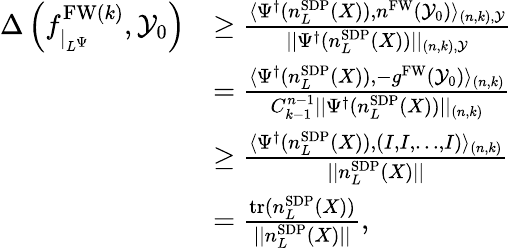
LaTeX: \begin{array}{rl}{\Delta\left(f_{\vert_{L^{\Psi}}}^{\mathrm{FW}(k)},\mathcal{Y}_{0}\right)}&{\ge\frac{\langle\Psi^{\dagger}(n_{L}^{\mathrm{SDP}}(X)),n^{\mathrm{FW}}(\mathcal{Y}_{0})\rangle_{{(n,k),\mathcal{Y}}}}{\vert\vert\Psi^{\dagger}(n_{L}^{\mathrm{SDP}}(X))\vert\vert_{{(n,k),\mathcal{Y}}}}}\\ &{=\frac{\langle\Psi^{\dagger}(n_{L}^{\mathrm{SDP}}(X)),-g^{\mathrm{FW}}(\mathcal{Y}_{0})\rangle_{(n,k)}}{{C_{k-1}^{n-1}}\vert\vert\Psi^{\dagger}(n_{L}^{\mathrm{SDP}}(X))\vert\vert_{(n,k)}}}\\ &{\ge\frac{\langle\Psi^{\dagger}(n_{L}^{\mathrm{SDP}}(X)),(I,I,\ldots,I)\rangle_{(n,k)}}{\vert\vert n_{L}^{\mathrm{SDP}}(X)\vert\vert}}\\ &{=\frac{\mathrm{tr}(n_{L}^{\mathrm{SDP}}(X))}{\vert\vert n_{L}^{\mathrm{SDP}}(X)\vert\vert},}\end{array}